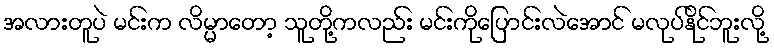
အလားတူပဲ မင်းက လိမ္မာတော့ သူတို့ကလည်း မင်းကိုပြောင်းလဲအောင် မလုပ်နိုင်ဘူးလို့